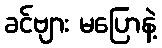
ခင်ဗျား မပြောနဲ့